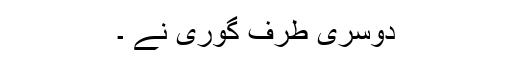
دوسری طرف گوری نے ۔